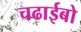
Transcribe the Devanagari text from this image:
चढाईबो